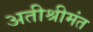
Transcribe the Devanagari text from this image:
अतीश्रीमंत